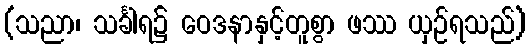
(သညာ၊ သင်္ခါရ၌ ဝေဒနာနှင့်တူစွာ ဖဿ ယှဉ်ရသည်)